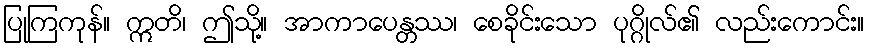
ပြုကြကုန်။ ဣတိ၊ ဤသို့။ အာကာပေန္တဿ၊ စေခိုင်းသော ပုဂ္ဂိုလ်၏ လည်းကောင်း။